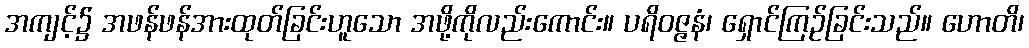
အကျင့်၌ အဖန်ဖန်အားထုတ်ခြင်းဟူသော အဖို့ကိုလည်းကောင်း။ ပရိဝဇ္ဇနံ၊ ရှောင်ကြဉ်ခြင်းသည်။ ဟောတိ၊